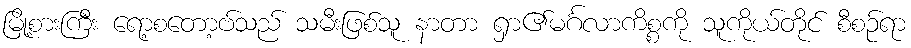
မြို့စားကြီး ရော့စတော့ဗ်သည် သမီးဖြစ်သူ နာတာ ရှာ၏မင်္ဂလာကိစ္စကို သူကိုယ်တိုင် စီစဉ်ရာ